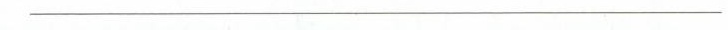
___